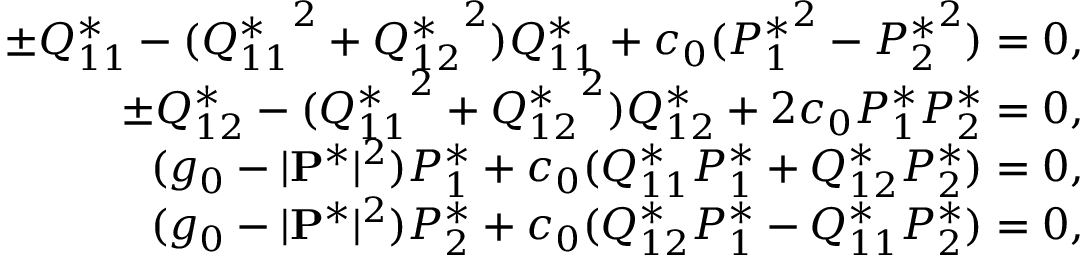
\begin{array} { r l r } & { } & { \pm Q _ { 1 1 } ^ { * } - ( { Q _ { 1 1 } ^ { * } } ^ { 2 } + { Q _ { 1 2 } ^ { * } } ^ { 2 } ) Q _ { 1 1 } ^ { * } + c _ { 0 } ( { P _ { 1 } ^ { * } } ^ { 2 } - { P _ { 2 } ^ { * } } ^ { 2 } ) = 0 , } \\ & { } & { \pm Q _ { 1 2 } ^ { * } - ( { Q _ { 1 1 } ^ { * } } ^ { 2 } + { Q _ { 1 2 } ^ { * } } ^ { 2 } ) Q _ { 1 2 } ^ { * } + 2 c _ { 0 } P _ { 1 } ^ { * } P _ { 2 } ^ { * } = 0 , } \\ & { } & { ( g _ { 0 } - | { \bf P ^ { * } } | ^ { 2 } ) P _ { 1 } ^ { * } + c _ { 0 } ( Q _ { 1 1 } ^ { * } P _ { 1 } ^ { * } + Q _ { 1 2 } ^ { * } P _ { 2 } ^ { * } ) = 0 , } \\ & { } & { ( g _ { 0 } - | { \bf P } ^ { * } | ^ { 2 } ) P _ { 2 } ^ { * } + c _ { 0 } ( Q _ { 1 2 } ^ { * } P _ { 1 } ^ { * } - Q _ { 1 1 } ^ { * } P _ { 2 } ^ { * } ) = 0 , } \end{array}